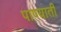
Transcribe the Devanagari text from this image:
पाण्याती